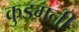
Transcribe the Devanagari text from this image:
कुडमनी